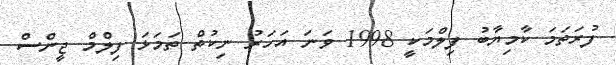
ފުރަތަމަ ކާމިޔާބު ފިލްމަކީ 1998 ވަނަ އަހަރު ނިކުތް ތަމަޅަ ފިލްމް ޖީންސް